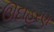
ઊદાહરણ